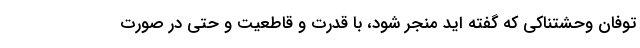
توفان وحشتناکی که گفته اید منجر شود، با قدرت و قاطعیت و حتی در صورت